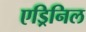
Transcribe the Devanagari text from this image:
एड्रिनिल